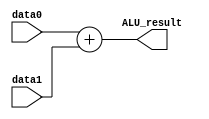
module alu_add(
    //input Data
    input           [31:0]  data0       ,
    input           [31:0]  data1       ,
    //output 
    output          [31:0]  ALU_result  

);

assign  ALU_result = data0 + data1;

endmodule